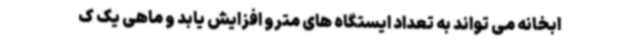
ابخانه می تواند به تعداد ایستگاه های مترو افزایش یابد و ماهی یک ک